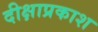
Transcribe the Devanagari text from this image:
दीक्षाप्रकाश